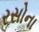
રસોના